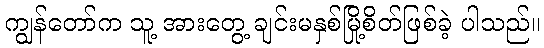
ကျွန်တော်က သူ့ အားတွေ့ ချင်းမနှစ်မြို့စိတ်ဖြစ်ခဲ့ ပါသည်။